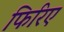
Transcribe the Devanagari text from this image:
फिरिए